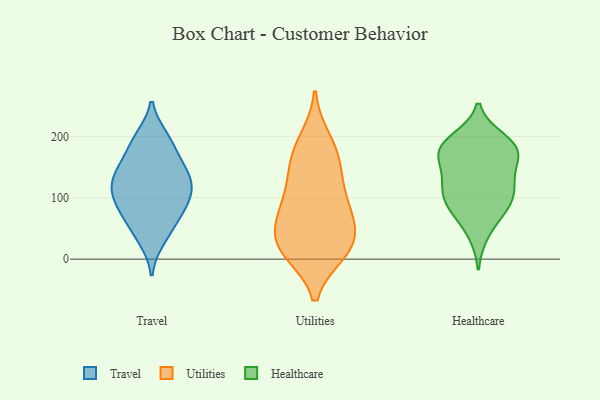
{"axis": {"x": "Latency (ms)", "y": "Value"}, "legend": ["Healthcare", "Travel", "Utilities"], "data": [{"x": "", "y": 194, "type": "Travel"}, {"x": "", "y": 65, "type": "Travel"}, {"x": "", "y": 84, "type": "Travel"}, {"x": "", "y": 87, "type": "Travel"}, {"x": "", "y": 198, "type": "Travel"}, {"x": "", "y": 113, "type": "Travel"}, {"x": "", "y": 32, "type": "Travel"}, {"x": "", "y": 148, "type": "Travel"}, {"x": "", "y": 43, "type": "Travel"}, {"x": "", "y": 80, "type": "Travel"}, {"x": "", "y": 187, "type": "Travel"}, {"x": "", "y": 136, "type": "Travel"}, {"x": "", "y": 114, "type": "Travel"}, {"x": "", "y": 119, "type": "Travel"}, {"x": "", "y": 148, "type": "Travel"}, {"x": "", "y": 112, "type": "Travel"}, {"x": "", "y": 150, "type": "Travel"}, {"x": "", "y": 86, "type": "Utilities"}, {"x": "", "y": 82, "type": "Utilities"}, {"x": "", "y": 45, "type": "Utilities"}, {"x": "", "y": 15, "type": "Utilities"}, {"x": "", "y": 25, "type": "Utilities"}, {"x": "", "y": 38, "type": "Utilities"}, {"x": "", "y": 194, "type": "Utilities"}, {"x": "", "y": 156, "type": "Utilities"}, {"x": "", "y": 176, "type": "Utilities"}, {"x": "", "y": 112, "type": "Utilities"}, {"x": "", "y": 12, "type": "Utilities"}, {"x": "", "y": 77, "type": "Utilities"}, {"x": "", "y": 146, "type": "Utilities"}, {"x": "", "y": 14, "type": "Utilities"}, {"x": "", "y": 84, "type": "Healthcare"}, {"x": "", "y": 86, "type": "Healthcare"}, {"x": "", "y": 171, "type": "Healthcare"}, {"x": "", "y": 183, "type": "Healthcare"}, {"x": "", "y": 174, "type": "Healthcare"}, {"x": "", "y": 112, "type": "Healthcare"}, {"x": "", "y": 116, "type": "Healthcare"}, {"x": "", "y": 153, "type": "Healthcare"}, {"x": "", "y": 81, "type": "Healthcare"}, {"x": "", "y": 195, "type": "Healthcare"}, {"x": "", "y": 133, "type": "Healthcare"}, {"x": "", "y": 180, "type": "Healthcare"}, {"x": "", "y": 186, "type": "Healthcare"}, {"x": "", "y": 115, "type": "Healthcare"}, {"x": "", "y": 42, "type": "Healthcare"}]}